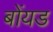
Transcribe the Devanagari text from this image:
बोंयड